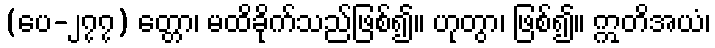
(ပေ-၂၇၇) တ္တော၊ မထိခိုက်သည်ဖြစ်၍။ ဟုတွာ၊ ဖြစ်၍။ ဣတိအယံ၊